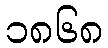
၁၈၆၈